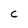
Character: C